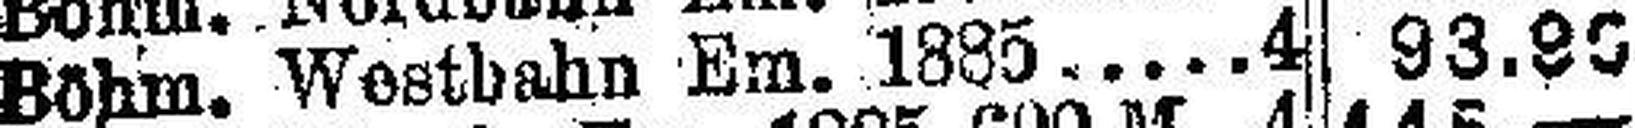
Böhm. Westbahn Em. 1885. 4